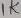
Text: 1K